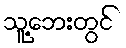
သူ့ဘေးတွင်